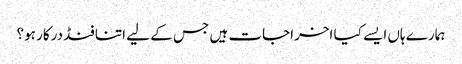
ہمارے ہاں ایسے کیا اخراجات ہیں جس کے لیے اتنا فنڈ درکار ہو؟